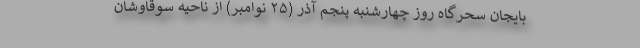
بایجان سحرگاه روز چهارشنبه پنجم آذر (۲۵ نوامبر) از ناحیه سوقاوشان